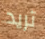
تريد